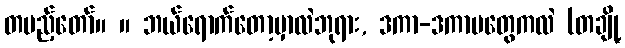
တပည့်တော်။ ။ ဘယ်ရောက်တော့မှာလဲဘုရား, ဒကာ-ဒကာမတွေကလဲ (တချို့